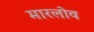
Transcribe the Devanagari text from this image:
मारलोव